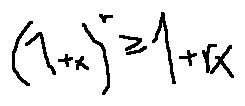
( 1 + x ) ^ { r } \geq 1 + r x